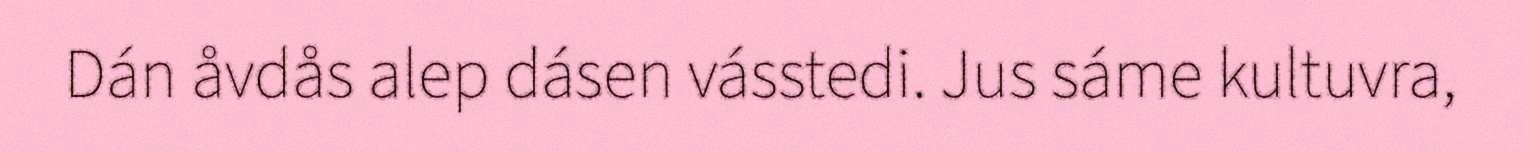
Dán åvdås alep dásen vásstedi. Jus sáme kultuvra,